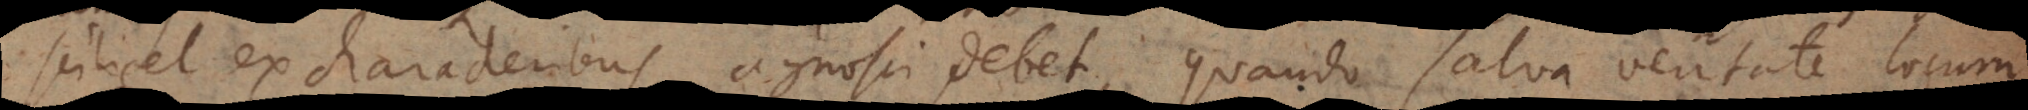
scilicet ex characteribus agnosci debet, quando salva veritate locum